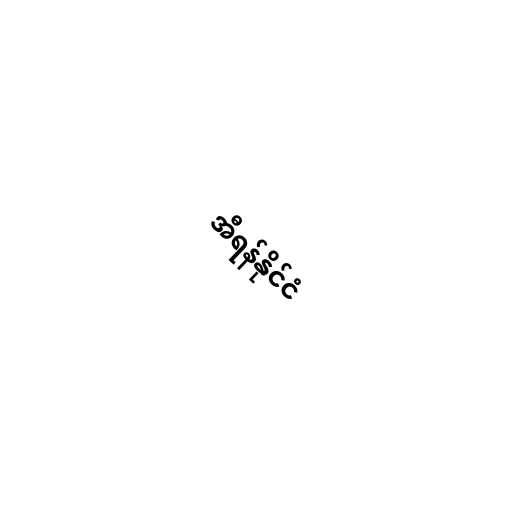
အီရန်နိုင်ငံ